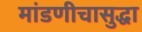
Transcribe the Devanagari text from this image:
मांडणीचासुद्धा